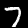
Digit: 7